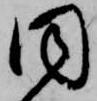
同